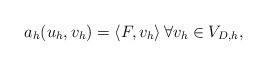
LaTeX: \begin{align*} a_h(u_h,v_h) = \left\langle F, v_h \right\rangle \forall v_h \in V_{D,h}, \end{align*}